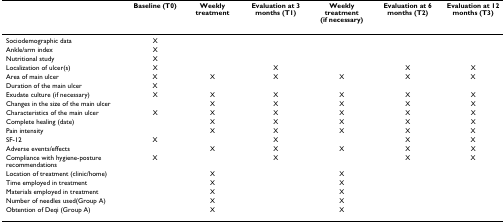
<table><thead><tr><td></td><td><b>Baseline (T0)</b></td><td><b>Weekly treatment</b></td><td><b>Evaluation at 3 months (T1)</b></td><td><b>Weekly treatment (if necessary)</b></td><td><b>Evaluation at 6 months (T2)</b></td><td><b>Evaluation at 12 months (T3)</b></td></tr></thead><tbody><tr><td>Sociodemographic data</td><td>X</td><td></td><td></td><td></td><td></td><td></td></tr><tr><td>Ankle/arm index</td><td>X</td><td></td><td></td><td></td><td></td><td></td></tr><tr><td>Nutritional study</td><td>X</td><td></td><td></td><td></td><td></td><td></td></tr><tr><td>Localization of ulcer(s)</td><td>X</td><td></td><td>X</td><td></td><td>X</td><td>X</td></tr><tr><td>Area of main ulcer</td><td>X</td><td>X</td><td>X</td><td>X</td><td>X</td><td>X</td></tr><tr><td>Duration of the main ulcer</td><td>X</td><td></td><td></td><td></td><td></td><td></td></tr><tr><td>Exudate culture (if necessary)</td><td>X</td><td>X</td><td>X</td><td>X</td><td>X</td><td>X</td></tr><tr><td>Changes in the size of the main ulcer</td><td></td><td>X</td><td>X</td><td>X</td><td>X</td><td>X</td></tr><tr><td>Characteristics of the main ulcer</td><td>X</td><td>X</td><td>X</td><td>X</td><td>X</td><td>X</td></tr><tr><td>Complete healing (date)</td><td></td><td>X</td><td>X</td><td>X</td><td>X</td><td>X</td></tr><tr><td>Pain intensity</td><td></td><td>X</td><td>X</td><td>X</td><td>X</td><td>X</td></tr><tr><td>SF-12</td><td>X</td><td></td><td>X</td><td></td><td>X</td><td>X</td></tr><tr><td>Adverse events/effects</td><td></td><td>X</td><td>X</td><td>X</td><td>X</td><td>X</td></tr><tr><td>Compliance with hygiene-posture recommendations</td><td>X</td><td></td><td>X</td><td></td><td>X</td><td>X</td></tr><tr><td>Location of treatment (clinic/home)</td><td></td><td>X</td><td></td><td>X</td><td></td><td></td></tr><tr><td>Time employed in treatment</td><td></td><td>X</td><td></td><td>X</td><td></td><td></td></tr><tr><td>Materials employed in treatment</td><td></td><td>X</td><td></td><td>X</td><td></td><td></td></tr><tr><td>Number of needles used(Group A)</td><td></td><td>X</td><td></td><td>X</td><td></td><td></td></tr><tr><td>Obtention of Deqi (Group A)</td><td></td><td>X</td><td></td><td>X</td><td></td><td></td></tr></tbody></table>